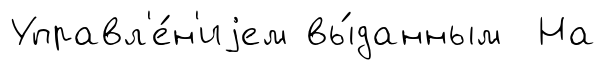
Управл'е́н'иjем вы́данным На